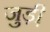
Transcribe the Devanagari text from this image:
जुड़ी़